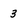
Character: 3